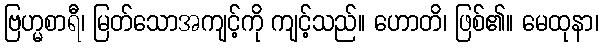
ဗြဟ္မစာရီ၊ မြတ်သောအကျင့်ကို ကျင့်သည်။ ဟောတိ၊ ဖြစ်၏။ မေထုနာ၊